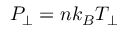
P _ { \perp } = n k _ { B } T _ { \perp }